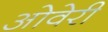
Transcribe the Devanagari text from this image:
ओवेरी